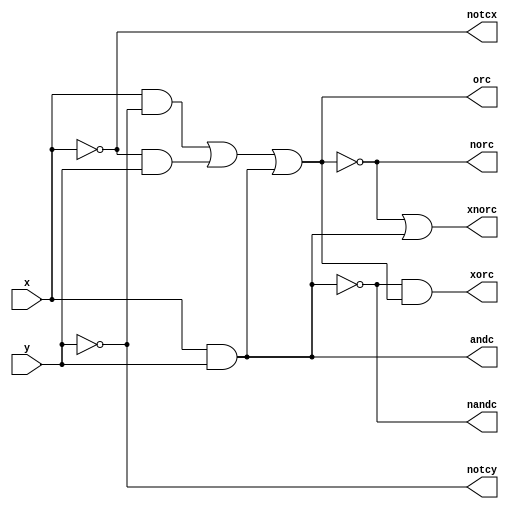
module gates(
	input x,
	input y,
	output andc,orc,nandc,norc,notcx,notcy,xorc,xnorc
);

assign andc = (x & y);
assign orc = (x & ~y) | (~x & y) | (x & y);
assign nandc = ~(x &y);
assign norc = ~orc;
assign notcx = ~x;
assign notcy = ~y;
assign xorc = nandc & orc;
assign xnorc = norc | andc;
endmodule